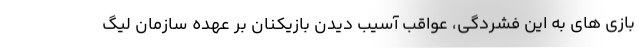
بازی های به این فشردگی، عواقب آسیب دیدن بازیکنان بر عهده سازمان لیگ